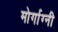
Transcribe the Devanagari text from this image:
मोर्गाग्नी